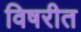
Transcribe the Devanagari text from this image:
विषरीत